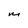
Character: M